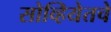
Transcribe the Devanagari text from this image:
सोव्हियेतचे